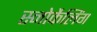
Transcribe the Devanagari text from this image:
स्नोर्केलिंग